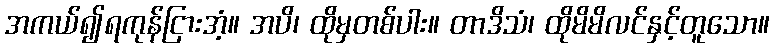
အကယ်၍ရကုန်ငြားအံ့။ အပိ၊ ထိုမှတစ်ပါး။ တာဒိသံ၊ ထိုမိမိလင်နှင့်တူသော။